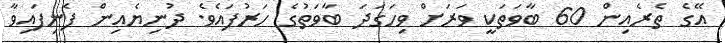
އޭގެ ތެރެއިން 60 ބާވަތަކީ ވަރަށް ވިހަގަދަ ބާވަތުގެ ހަރުފައެވެ. ދުނިޔެއިން ފެނިފައިވާ